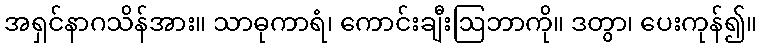
အရှင်နာဂသိန်အား။ သာဓုကာရံ၊ ကောင်းချီးဩဘာကို။ ဒတွာ၊ ပေးကုန်၍။